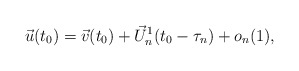
\begin{align*}\vec u(t_0) = \vec v (t_0) + \vec U^1_n(t_0 - \tau_n) + o_n(1),\end{align*}